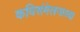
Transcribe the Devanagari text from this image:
कविसंमेलनाच्या